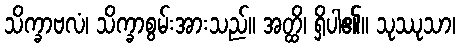
သိက္ခာဗလံ၊ သိက္ခာစွမ်းအားသည်။ အတ္ထိ၊ ရှိပါ၏။ သုဿုသာ၊